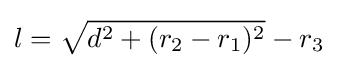
l={\sqrt {d^{2}+(r_{2}-r_{1})^{2}}}-r_{3}